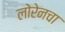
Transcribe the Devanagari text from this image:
लोरेनचा